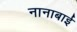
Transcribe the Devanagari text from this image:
नानाबाई